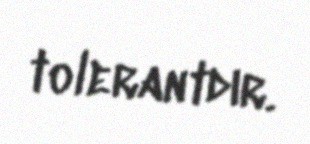
tolerantdır.